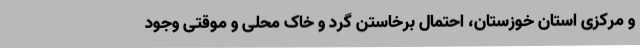
و مرکزی استان خوزستان، احتمال برخاستن گرد و خاک محلی و موقتی وجود